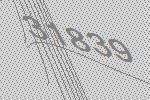
31839